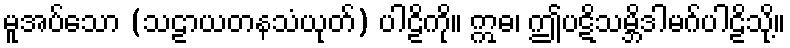
မူအပ်သော (သဠာယတနသံယုတ်) ပါဠိကို။ ဣဓ၊ ဤပဋိသမ္ဘိဒါမဂ်ပါဠိသို့။